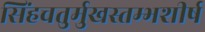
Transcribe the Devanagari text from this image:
सिंहचतुर्मुखस्तम्भशीर्ष